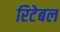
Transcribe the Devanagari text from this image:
रिटेबल